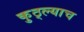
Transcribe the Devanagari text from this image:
कुठ्ल्याच